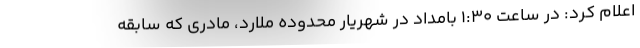
اعلام کرد: در ساعت 1:30 بامداد در شهریار محدوده ملارد، مادری که سابقه